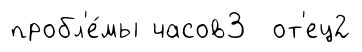
пробл'е́мы часов3 от'ец2